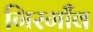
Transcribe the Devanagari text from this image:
गिरगाँव